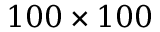
1 0 0 \times 1 0 0